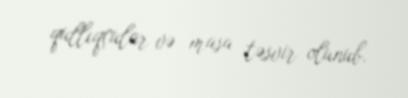
qullıqçular və masa təsvir olunub.